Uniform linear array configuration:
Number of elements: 4
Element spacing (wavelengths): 0.25
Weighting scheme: cosine
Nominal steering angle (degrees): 60
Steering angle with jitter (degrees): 61.372
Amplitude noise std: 0.05
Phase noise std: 0.05

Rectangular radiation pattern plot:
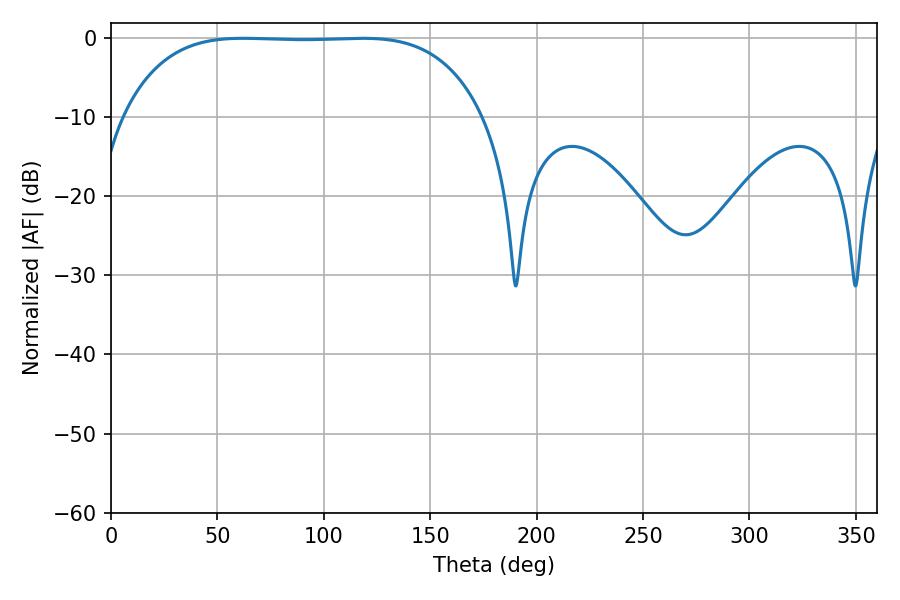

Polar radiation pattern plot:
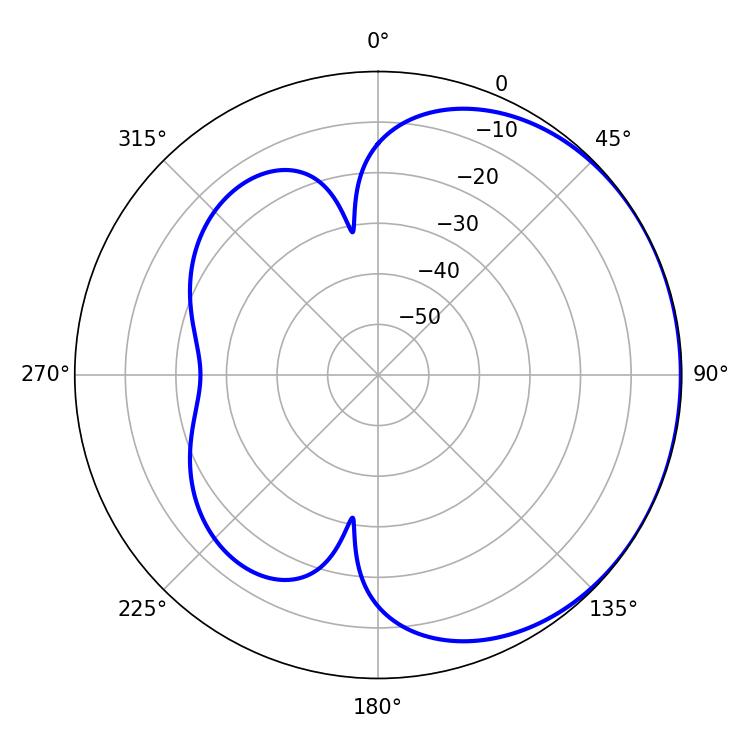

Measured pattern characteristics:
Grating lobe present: FALSE
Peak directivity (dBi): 0.6894
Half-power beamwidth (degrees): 131.4
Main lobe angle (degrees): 62.1